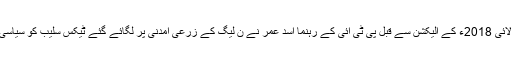
حالانکہ اس سے قبل جولائی 2018ء کے الیکشن سے قبل پی ٹی آئی کے رہنما اسد عمر نے ن لیگ کے زرعی آمدنی پر لگائے گئے ٹیکس سلیب کو سیاسی شعبدہ بازی قراردیا تھا۔